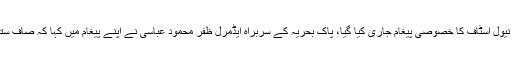
سمندروں کے عالمی دن کے موقع پر چیف آف دی نیول اسٹاف کا خصوصی پیغام جاری کیا گیا، پاک بحریہ کے سربراہ ایڈمرل ظفر محمود عباسی نے اپنے پیغام میں کہا کہ صاف ستھرے کرہ ارض کے لئے شفاف سمندر ناگزیر ہیں۔